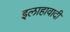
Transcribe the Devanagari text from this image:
इलाहावादी